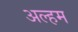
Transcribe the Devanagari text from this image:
अल्हम